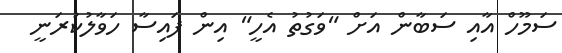
ސަމޫހް އާއި ސަބާން އަށް "ވަގުތު އެހީ" އިން ފައިސާ ހަވާލުކުރަނީ